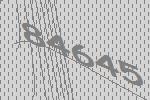
84645